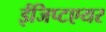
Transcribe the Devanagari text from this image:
ईजिप्टएयर